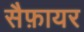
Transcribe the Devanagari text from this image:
सैफ़ायर